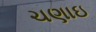
ચણાઇ